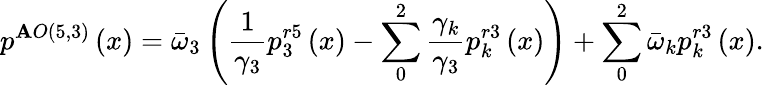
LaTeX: {{p}^{\mathbf{A}O\left(5,3\right)}}\left(x\right)={{\bar{{\omega}}}_{3}}\left(\frac{{1}}{{{{\gamma}_{3}}}}p_{3}^{r5}\left(x\right)-\sum_{0}^{2}{\frac{{{{\gamma}_{k}}}}{{{{\gamma}_{3}}}}p_{k}^{r3}\left(x\right)}\right)+\sum_{0}^{2}{{{{\bar{{\omega}}}}_{k}}p_{k}^{r3}\left(x\right)}.